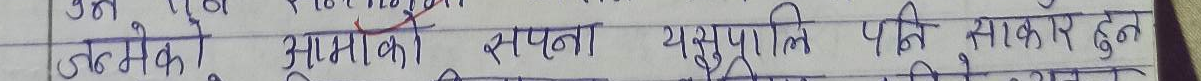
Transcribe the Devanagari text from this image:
उनमेकि आमाको सपना यसुपनि पनि साकार हुन